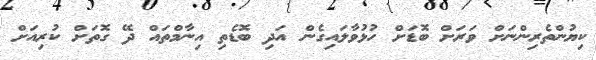
ކިޔުންތެރިންނަށް ވަރަށް ބޮޑަށް ހުޅުވާލައިގެން އަދި ބޮޑެތި އިނާމްތައް ދޭ ގޮތަށް ކުރިއަށް